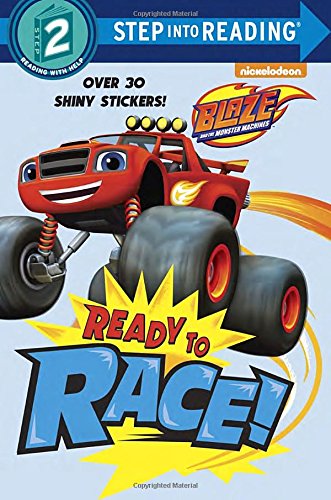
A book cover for Ready to Race! (Blaze and the Monster Machines) (Step into Reading); Random House; Politics & Social Sciences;